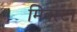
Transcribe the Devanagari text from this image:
मिक्स्टा